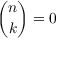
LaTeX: { \binom { n } { k } } = 0